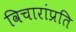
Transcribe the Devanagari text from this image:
विचारांप्रति